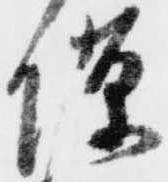
隙